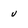
Character: u